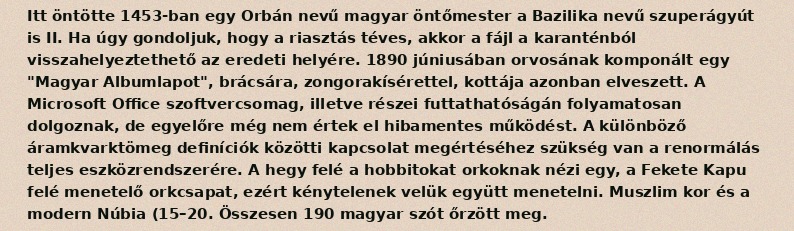
Itt öntötte 1453-ban egy Orbán nevű magyar öntőmester a Bazilika nevű szuperágyút is II. Ha úgy gondoljuk, hogy a riasztás téves, akkor a fájl a karanténból visszahelyeztethető az eredeti helyére. 1890 júniusában orvosának komponált egy "Magyar Albumlapot", brácsára, zongorakísérettel, kottája azonban elveszett. A Microsoft Office szoftvercsomag, illetve részei futtathatóságán folyamatosan dolgoznak, de egyelőre még nem értek el hibamentes működést. A különböző áramkvarktömeg definíciók közötti kapcsolat megértéséhez szükség van a renormálás teljes eszközrendszerére. A hegy felé a hobbitokat orkoknak nézi egy, a Fekete Kapu felé menetelő orkcsapat, ezért kénytelenek velük együtt menetelni. Muszlim kor és a modern Núbia (15–20. Összesen 190 magyar szót őrzött meg.